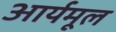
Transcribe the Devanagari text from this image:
आर्यमूल